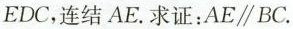
EDC，连结AE.求证：AE\parallel BC.